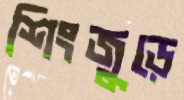
শিংজুড়ে